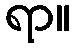
ရာ။